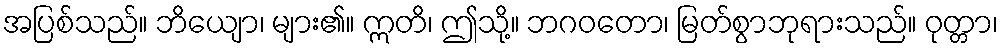
အပြစ်သည်။ ဘိယျော၊ များ၏။ ဣတိ၊ ဤသို့။ ဘဂဝတော၊ မြတ်စွာဘုရားသည်။ ဝုတ္တာ၊